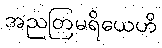
အညတြမရိယေဟိ